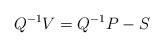
LaTeX: \begin{align*}Q^{-1}V = Q^{-1}P - S\end{align*}